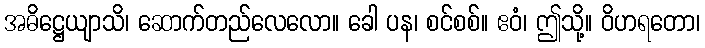
အဓိဋ္ဌေယျာသိ၊ ဆောက်တည်လေလော။ ခေါ ပန၊ စင်စစ်။ ဧဝံ၊ ဤသို့။ ဝိဟရတော၊